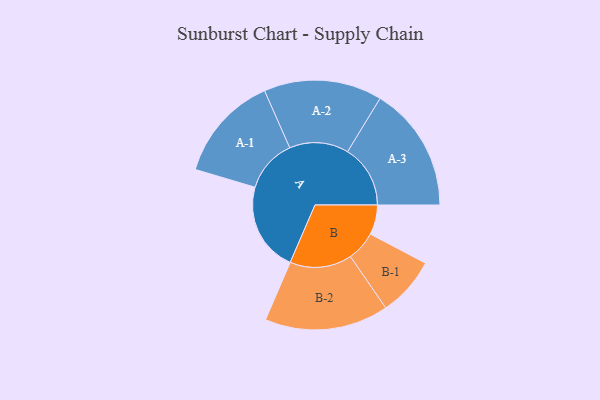
{"axis": {"x": "Segment", "y": "Value"}, "legend": ["", "A", "B"], "data": [{"x": "A", "y": 342, "type": ""}, {"x": "B", "y": 114, "type": ""}, {"x": "A-1", "y": 204, "type": "A"}, {"x": "A-2", "y": 227, "type": "A"}, {"x": "A-3", "y": 241, "type": "A"}, {"x": "B-1", "y": 114, "type": "B"}, {"x": "B-2", "y": 238, "type": "B"}]}